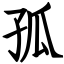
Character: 孤